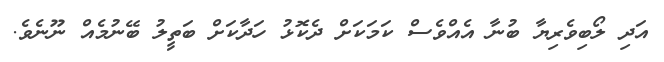
އަދި ލޯބިވެރިޔާ ބުނާ އެއްވެސް ކަމަކަށް ދެކޮޅު ހަދާކަށް ބަތީލު ބޭނުމެއް ނޫނެވެ.